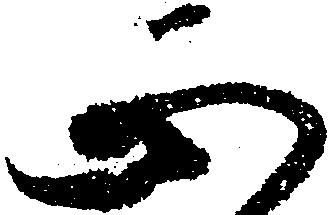
正